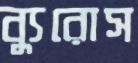
ব্যুরোস